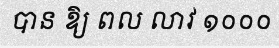
បាន ឱ្យ ពល លាវ ១០០០